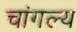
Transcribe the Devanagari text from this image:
चांगल्य